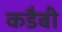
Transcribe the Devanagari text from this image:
कडैबी